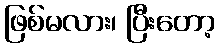
ဖြစ်မလား၊ ပြီးတော့